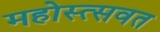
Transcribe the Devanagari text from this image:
महोस्त्सवत